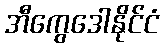
အီကွေဒေါနိုင်ငံ